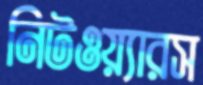
নিটওয়্যারস